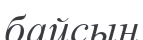
байсын